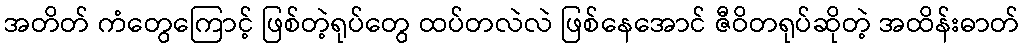
အတိတ် ကံတွေကြောင့် ဖြစ်တဲ့ရုပ်တွေ ထပ်တလဲလဲ ဖြစ်နေအောင် ဇီဝိတရုပ်ဆိုတဲ့ အထိန်းဓာတ်